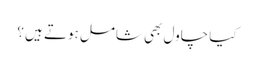
کیا چاول بھی شامل ہوتے ہیں ؟